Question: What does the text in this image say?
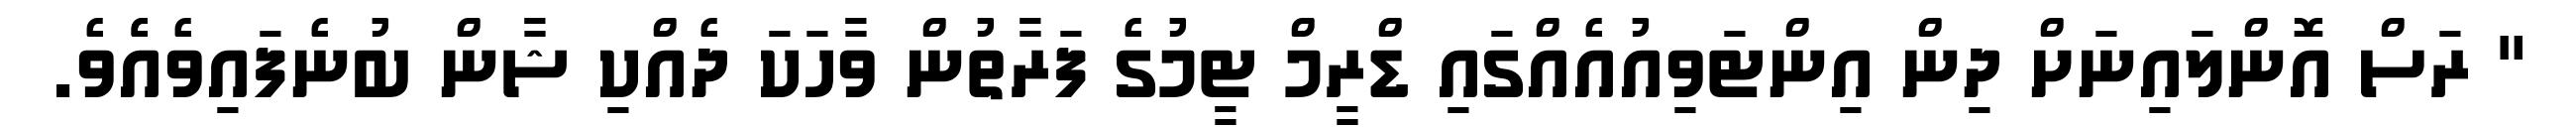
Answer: " ރަސް އޮންލައިނަށް ދިން އިންޓަވިއުއެއްގައި ޑްރީމް ޓީމުގެ ފަރާތުން ވާހަކަ ދެއްކި ޝާން ބުނެފައިވެއެެވެ.